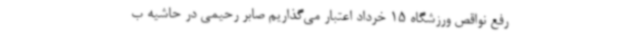
رفع نواقص ورزشگاه 15 خرداد اعتبار می‌گذاریم صابر رحیمی در حاشیه ب